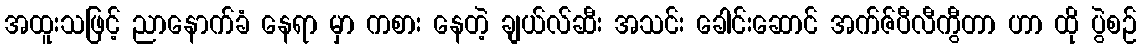
အထူးသဖြင့် ညာနောက်ခံ နေရာ မှာ ကစား နေတဲ့ ချယ်လ်ဆီး အသင်း ခေါင်းဆောင် အက်ဇ်ပီလီကွီတာ ဟာ ထို ပွဲစဉ်